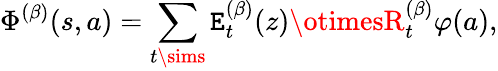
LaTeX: \Phi^{(\beta)}(s,a)=\sum_{t\sims}\mathtt{E}_{t}^{(\beta)}(z)\otimesR_{t}^{(\beta)}\varphi(a),